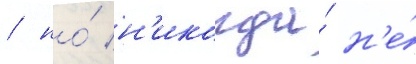
/ но́ н'икогда́ н'е́